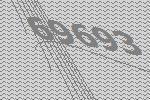
69693